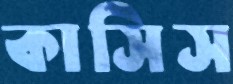
কাসিস